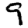
Digit: 9